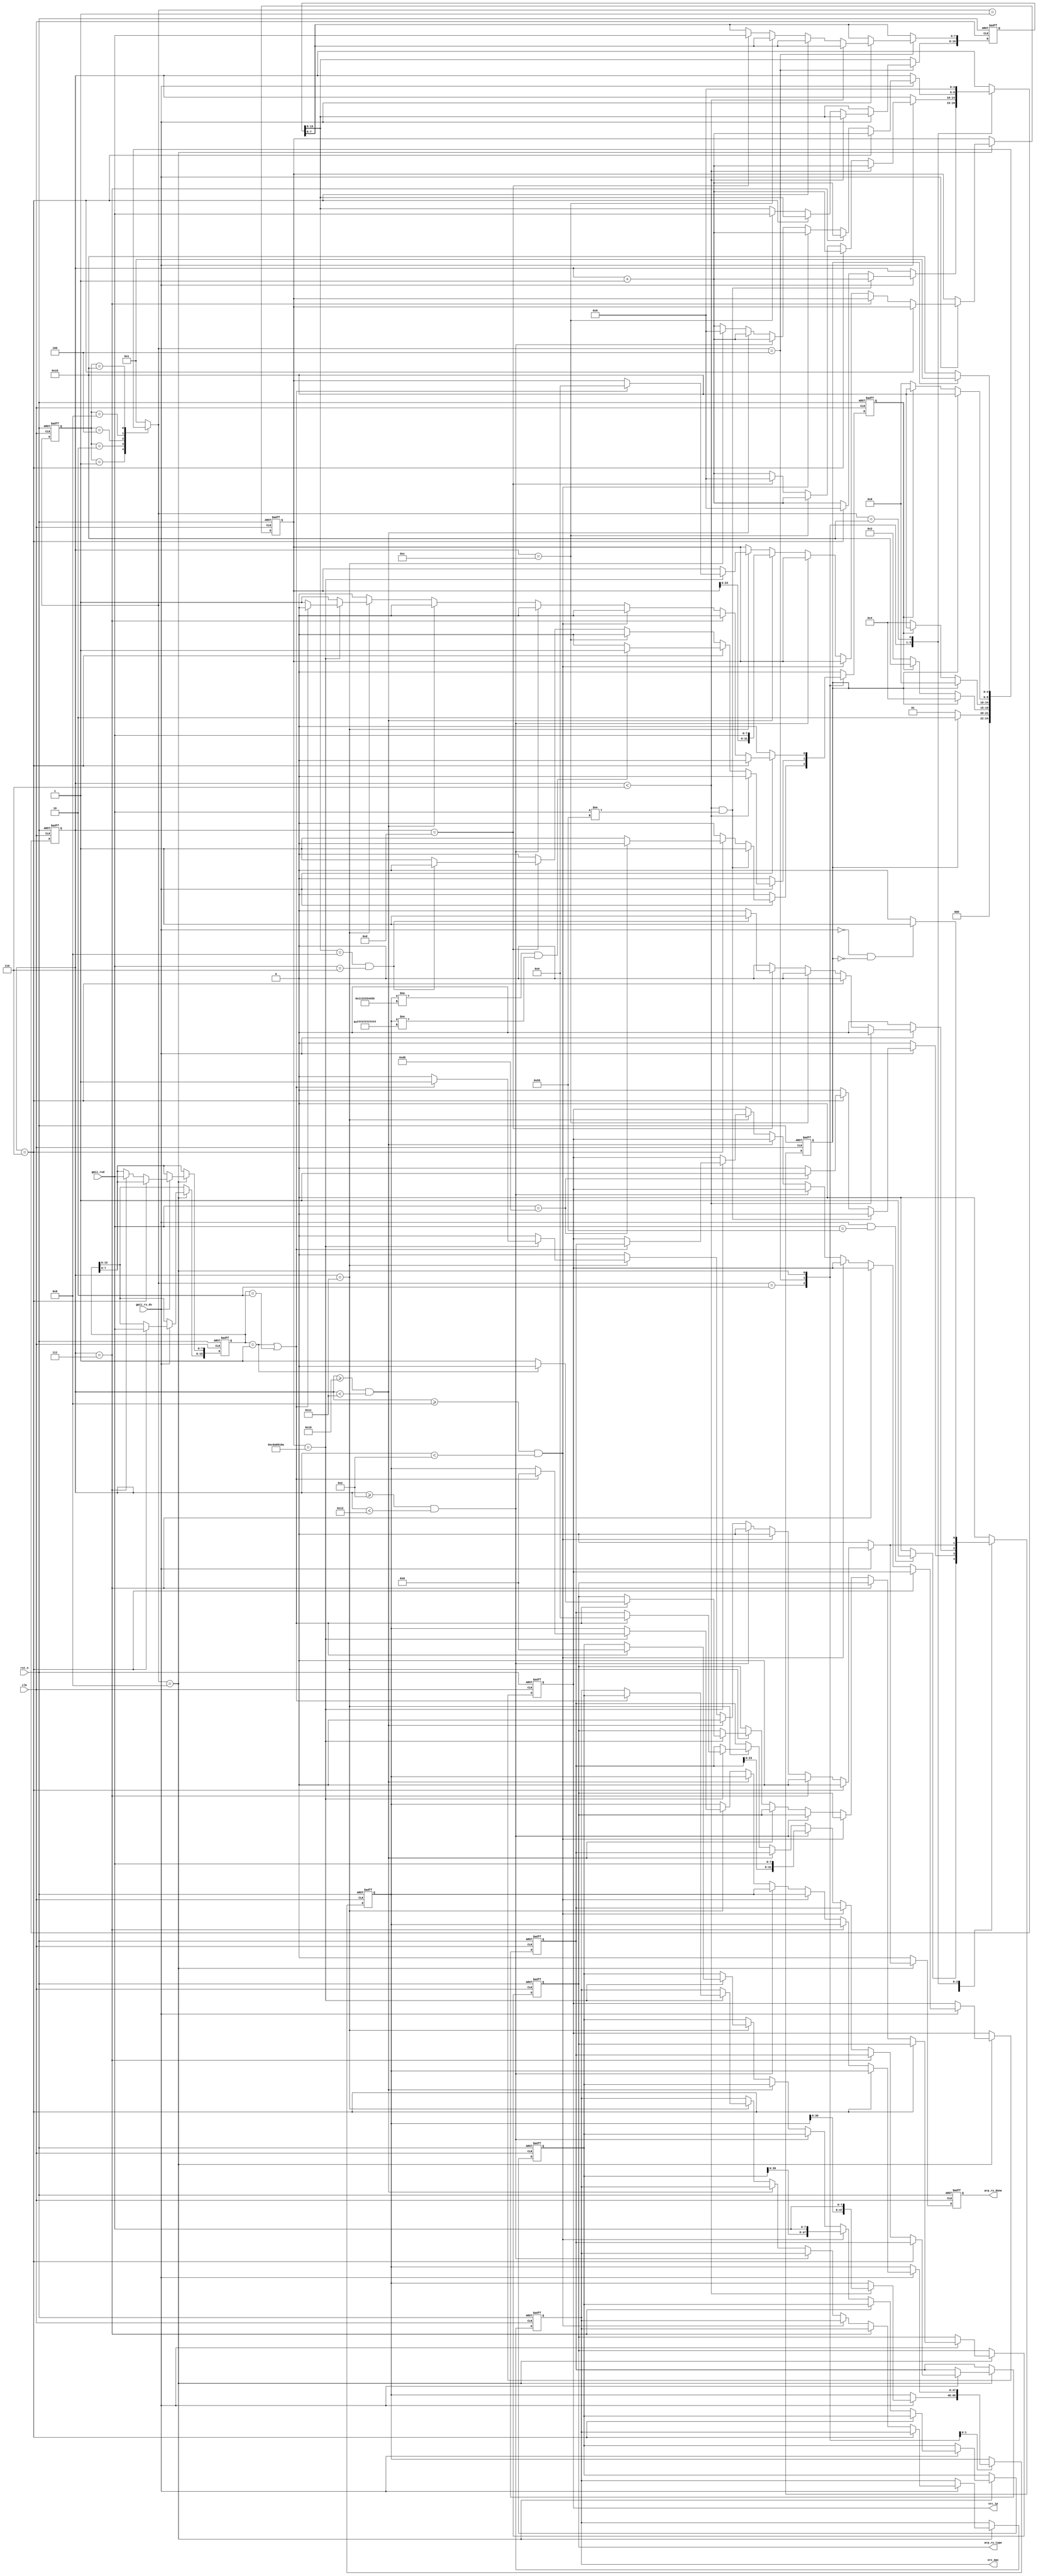
//****************************************Copyright (c)***********************************//
//www.yuanzige.com
//www.openedv.com
//http://openedv.taobao.com 
//""ZYNQ & FPGA & STM32 & LINUX
//
//Copyright(C)  2018-2028
//All rights reserved                                  
//----------------------------------------------------------------------------------------
// File name:           arp_rx
// Last modified Date:  2020/2/13 9:20:14
// Last Version:        V1.0
// Descriptions:        arp
//----------------------------------------------------------------------------------------
// Created by:          
// Created date:        2020/2/13 9:20:14
// Version:             V1.0
// Descriptions:        The original version
//
//----------------------------------------------------------------------------------------
//****************************************************************************************//

module arp_rx
  #(
    //MAC 00-11-22-33-44-55
    parameter BOARD_MAC = 48'h00_11_22_33_44_55,  
    //IP 192.168.1.10   
    parameter BOARD_IP = {8'd192,8'd168,8'd1,8'd10}      
    )
   (
    input                clk        , //
    input                rst_n      , //
                                    
    input                gmii_rx_dv , //GMII
    input        [7:0]   gmii_rxd   , //GMII
    output  reg          arp_rx_done, //ARP
    output  reg          arp_rx_type, //ARP 0:  1:
    output  reg  [47:0]  src_mac    , //MAC
    output  reg  [31:0]  src_ip       //IP
    );

//parameter define
localparam  st_idle     = 5'b0_0001; //
localparam  st_preamble = 5'b0_0010; // 
localparam  st_eth_head = 5'b0_0100; //
localparam  st_arp_data = 5'b0_1000; //ARP
localparam  st_rx_end   = 5'b1_0000; //

localparam  ETH_TPYE = 16'h0806;     // ARP

//reg define
reg    [4:0]   cur_state ;
reg    [4:0]   next_state/*synthesis PAP_MARK_DEBUG="true"*/;
                         
reg            skip_en   ; //
reg            error_en  ; //
reg    [4:0]   cnt      /*synthesis PAP_MARK_DEBUG="true"*/ ; //
reg    [47:0]  des_mac_t /*synthesis PAP_MARK_DEBUG="true"*/; //MAC
reg    [31:0]  des_ip_t /*synthesis PAP_MARK_DEBUG="true"*/ ; //IP
reg    [47:0]  src_mac_t /*synthesis PAP_MARK_DEBUG="true"*/; //MAC
reg    [31:0]  src_ip_t /*synthesis PAP_MARK_DEBUG="true"*/ ; //IP
reg    [15:0]  eth_type  ; //
reg    [15:0]  op_data  /*synthesis PAP_MARK_DEBUG="true"*/ ; //

//*****************************************************
//**                    main code
//*****************************************************

//()
always @(posedge clk or negedge rst_n) begin
    if(!rst_n)
        cur_state <= st_idle;  
    else
        cur_state <= next_state;
end

//
always @(*) begin
    next_state = st_idle;
    case(cur_state)
        st_idle : begin                     //
            if(skip_en) 
                next_state = st_preamble;
            else
                next_state = st_idle;    
        end
        st_preamble : begin                 //
            if(skip_en) 
                next_state = st_eth_head;
            else if(error_en) 
                next_state = st_rx_end;    
            else
                next_state = st_preamble;   
        end
        st_eth_head : begin                 //
            if(skip_en) 
                next_state = st_arp_data;
            else if(error_en) 
                next_state = st_rx_end;
            else
                next_state = st_eth_head;   
        end  
        st_arp_data : begin                  //ARP
            if(skip_en)
                next_state = st_rx_end;
            else if(error_en)
                next_state = st_rx_end;
            else
                next_state = st_arp_data;   
        end                  
        st_rx_end : begin                   //
            if(skip_en)
                next_state = st_idle;
            else
                next_state = st_rx_end;          
        end
        default : next_state = st_idle;
    endcase                                          
end    

//,
always @(posedge clk or negedge rst_n) begin
    if(!rst_n) begin
        skip_en <= 1'b0;
        error_en <= 1'b0;
        cnt <= 5'd0;
        des_mac_t <= 48'd0;
        des_ip_t <= 32'd0;
        src_mac_t <= 48'd0;
        src_ip_t <= 32'd0;        
        eth_type <= 16'd0;
        op_data <= 16'd0;
        arp_rx_done <= 1'b0;
        arp_rx_type <= 1'b0;
        src_mac <= 48'd0;
        src_ip <= 32'd0;
    end
    else begin
        skip_en <= 1'b0;
        error_en <= 1'b0;  
        arp_rx_done <= 1'b0;
        case(next_state)
            st_idle : begin                                  //8'h55
                if((gmii_rx_dv == 1'b1) && (gmii_rxd == 8'h55)) 
                    skip_en <= 1'b1;
            end
            st_preamble : begin
                if(gmii_rx_dv) begin                         //
                    cnt <= cnt + 5'd1;
                    if((cnt < 5'd6) && (gmii_rxd != 8'h55))  //78'h55  
                        error_en <= 1'b1;
                    else if(cnt==5'd6) begin
                        cnt <= 5'd0;
                        if(gmii_rxd==8'hd5)                  //18'hd5
                            skip_en <= 1'b1;
                        else
                            error_en <= 1'b1;    
                    end  
                end  
            end
            st_eth_head : begin
                if(gmii_rx_dv) begin
                    cnt <= cnt + 5'b1;
                    if(cnt < 5'd6) 
                        des_mac_t <= {des_mac_t[39:0],gmii_rxd};
                    else if(cnt == 5'd6) begin
                        //MACMAC
                        if((des_mac_t != BOARD_MAC)
                            && (des_mac_t != 48'hff_ff_ff_ff_ff_ff))           
                            error_en <= 1'b1;
                    end
                    else if(cnt == 5'd12) 
                        eth_type[15:8] <= gmii_rxd;          //
                    else if(cnt == 5'd13) begin
                        eth_type[7:0] <= gmii_rxd;
                        cnt <= 5'd0;
                        if(eth_type[15:8] == ETH_TPYE[15:8]  //ARP
                            && gmii_rxd == ETH_TPYE[7:0])
                            skip_en <= 1'b1; 
                        else
                            error_en <= 1'b1;                       
                    end        
                end  
            end
            st_arp_data : begin
                if(gmii_rx_dv) begin
                    cnt <= cnt + 5'd1;
                    if(cnt == 5'd6) 
                        op_data[15:8] <= gmii_rxd;           //       
                    else if(cnt == 5'd7)
                        op_data[7:0] <= gmii_rxd;
                    else if(cnt >= 5'd8 && cnt < 5'd14)      //MAC
                        src_mac_t <= {src_mac_t[39:0],gmii_rxd};
                    else if(cnt >= 5'd14 && cnt < 5'd18)     //IP
                        src_ip_t<= {src_ip_t[23:0],gmii_rxd};
                    else if(cnt >= 5'd24 && cnt < 5'd28)     //IP
                        des_ip_t <= {des_ip_t[23:0],gmii_rxd};
                    else if(cnt == 5'd28) begin
                        cnt <= 5'd0;
                        if(des_ip_t == BOARD_IP) begin       //IP
                            if((op_data == 16'd1) || (op_data == 16'd2)) begin
                                skip_en <= 1'b1;
                                arp_rx_done <= 1'b1;
                                src_mac <= src_mac_t;
                                src_ip <= src_ip_t;
                                src_mac_t <= 48'd0;
                                src_ip_t <= 32'd0;
                                des_mac_t <= 48'd0;
                                des_ip_t <= 32'd0;
                                if(op_data == 16'd1)         
                                    arp_rx_type <= 1'b0;     //ARP
                                else
                                    arp_rx_type <= 1'b1;     //ARP
                            end
                            else
                                error_en <= 1'b1;
                        end 
                        else
                            error_en <= 1'b1;
                    end
                end                                
            end
            st_rx_end : begin     
                cnt <= 5'd0;
                //   
                if(gmii_rx_dv == 1'b0 && skip_en == 1'b0)
                    skip_en <= 1'b1; 
            end    
            default : ;
        endcase                                                        
    end
end

endmodule